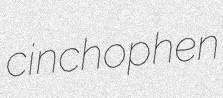
cinchophen